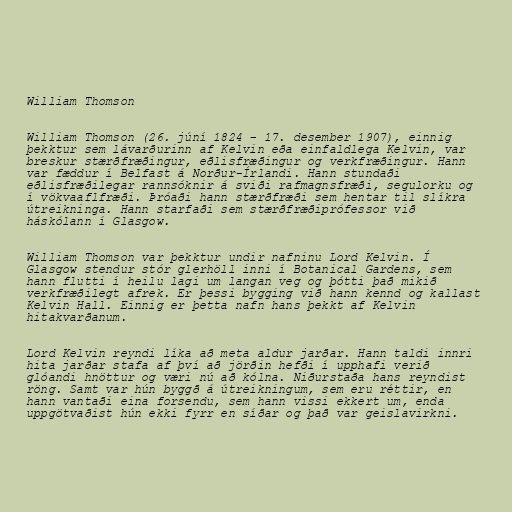
William Thomson

William Thomson (26. júní 1824 – 17. desember 1907), einnig
þekktur sem lávarðurinn af Kelvin eða einfaldlega Kelvin, var
breskur stærðfræðingur, eðlisfræðingur og verkfræðingur. Hann
var fæddur í Belfast á Norður-Írlandi. Hann stundaði
eðlisfræðilegar rannsóknir á sviði rafmagnsfræði, segulorku og
í vökvaaflfræði. Þróaði hann stærðfræði sem hentar til slíkra
útreikninga. Hann starfaði sem stærðfræðiprófessor við
háskólann í Glasgow.

William Thomson var þekktur undir nafninu Lord Kelvin. Í
Glasgow stendur stór glerhöll inni í Botanical Gardens, sem
hann flutti í heilu lagi um langan veg og þótti það mikið
verkfræðilegt afrek. Er þessi bygging við hann kennd og kallast
Kelvin Hall. Einnig er þetta nafn hans þekkt af Kelvin
hitakvarðanum.

Lord Kelvin reyndi líka að meta aldur jarðar. Hann taldi innri
hita jarðar stafa af því að jörðin hefði í upphafi verið
glóandi hnöttur og væri nú að kólna. Niðurstaða hans reyndist
röng. Samt var hún byggð á útreikningum, sem eru réttir, en
hann vantaði eina forsendu, sem hann vissi ekkert um, enda
uppgötvaðist hún ekki fyrr en síðar og það var geislavirkni.